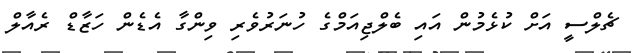
ޗެލްސީ އަށް ކުޅެމުން އަައި ބެލްޖިއަމްގެ ހުނަރުވެރި ވިންގާ އެޑެން ހަޒާޑް ރެއާލް